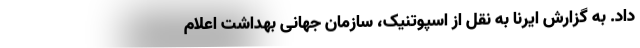
داد. به گزارش ایرنا به نقل از اسپوتنیک، سازمان جهانی بهداشت اعلام